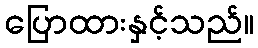
ပြောထားနှင့်သည်။